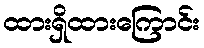
ထားရှိထားကြောင်း